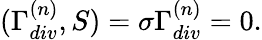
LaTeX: (\Gamma_{div}^{(n)},S)=\sigma\Gamma_{div}^{(n)}=0.